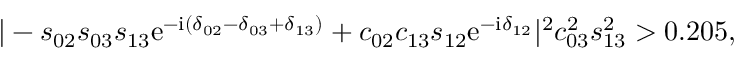
| - s _ { 0 2 } s _ { 0 3 } s _ { 1 3 } \mathrm { e } ^ { - \mathrm { i } ( \delta _ { 0 2 } - \delta _ { 0 3 } + \delta _ { 1 3 } ) } + c _ { 0 2 } c _ { 1 3 } s _ { 1 2 } \mathrm { e } ^ { - \mathrm { i } \delta _ { 1 2 } } | ^ { 2 } c _ { 0 3 } ^ { 2 } s _ { 1 3 } ^ { 2 } > 0 . 2 0 5 ,